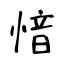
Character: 愔